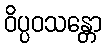
ဝိပ္ပဝသန္တော